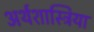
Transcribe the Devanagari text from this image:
अर्थशास्त्रिया